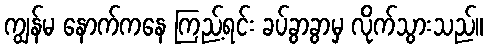
ကျွန်မ နောက်ကနေ ကြည့်ရင်း ခပ်ခွာခွာမှ လိုက်သွားသည်။